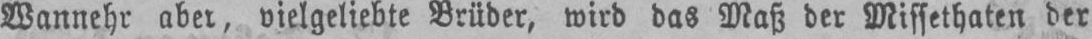
Wannehr aber, vielgeliebte Brüder, wird das Maß der Missethaten der